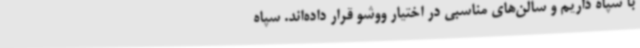
با سپاه داریم و سالن‌های مناسبی در اختیار ووشو قرار داده‌اند. سپاه